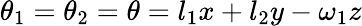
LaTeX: \theta_{1}=\theta_{2}=\theta=l_{1}x+l_{2}y-\omega_{1}z